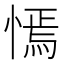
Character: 㥼